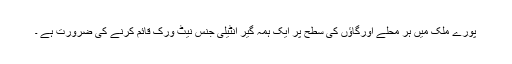
پورے ملک میں ہر محلے اورگاؤں کی سطح پر ایک ہمہ گیر انٹیلی جنس نیٹ ورک قائم کرنے کی ضرورت ہے ۔